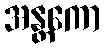
အန္တကော